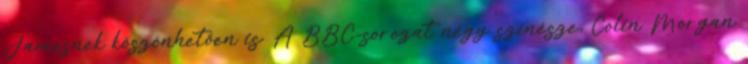
Jamesnek köszönhetően is. A BBC-sorozat négy színésze, Colin Morgan